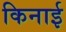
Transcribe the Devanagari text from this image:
किनाई